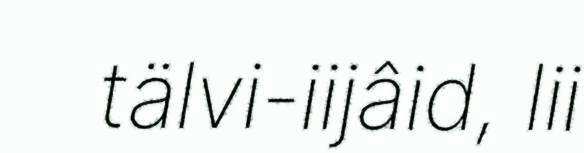
tälvi-iijâid, lii